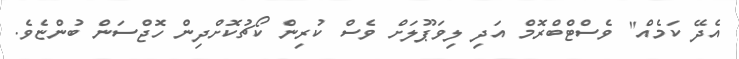
އެދޭ ކަމެއް" ވެސްޓްބްރޮމް އަދި ލިވަޕޫލަށް ވެސް ކުރިން ކޯޗުކޮށްދިން ހޮޖްސަން ބުންޏެވެ.